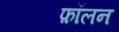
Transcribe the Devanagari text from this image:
फ़ॉलन